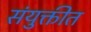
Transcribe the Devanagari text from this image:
संयुक्तीत